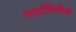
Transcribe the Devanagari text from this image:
पारस्पिरिक